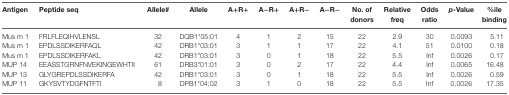
| Antigen | Peptide seq | Allele# | Allele | A+R+ | A−R+ | A+R− | A−R− | No. of donors | Relative freq | Odds ratio | p-Value | %ile binding |
 | --- | --- | --- | --- | --- | --- | --- | --- | --- | --- | --- | --- | --- |
 | Mus m 1 | FRLFLEQIHVLENSL | 32 | DQB1*05:01 | 4 | 1 | 2 | 15 | 22 | 2.9 | 30 | 0.0093 | 5.11 |
 | Mus m 1 | EPDLSSDIKERFAQL | 42 | DRB1*03:01 | 3 | 1 | 1 | 17 | 22 | 4.1 | 51 | 0.0100 | 0.18 |
 | Mus m 1 | EPDLSSDIKERFAKL | 42 | DRB1*03:01 | 3 | 0 | 1 | 18 | 22 | 5.5 | Inf | 0.0026 | 0.17 |
 | MUP 14 | EEASSTGRNFNVEKINGEWHTII | 61 | DRB3*01:01 | 3 | 0 | 2 | 17 | 22 | 4.4 | Inf | 0.0065 | 16.48 |
 | MUP 13 | GLYGREPDLSSDIKERFA | 42 | DRB1*03:01 | 3 | 0 | 1 | 18 | 22 | 5.5 | Inf | 0.0026 | 0.59 |
 | MUP 11 | GKYSVTYDGFNTFTI | 8 | DPB1*04:02 | 3 | 1 | 0 | 18 | 22 | 5.5 | Inf | 0.0026 | 17.35 |